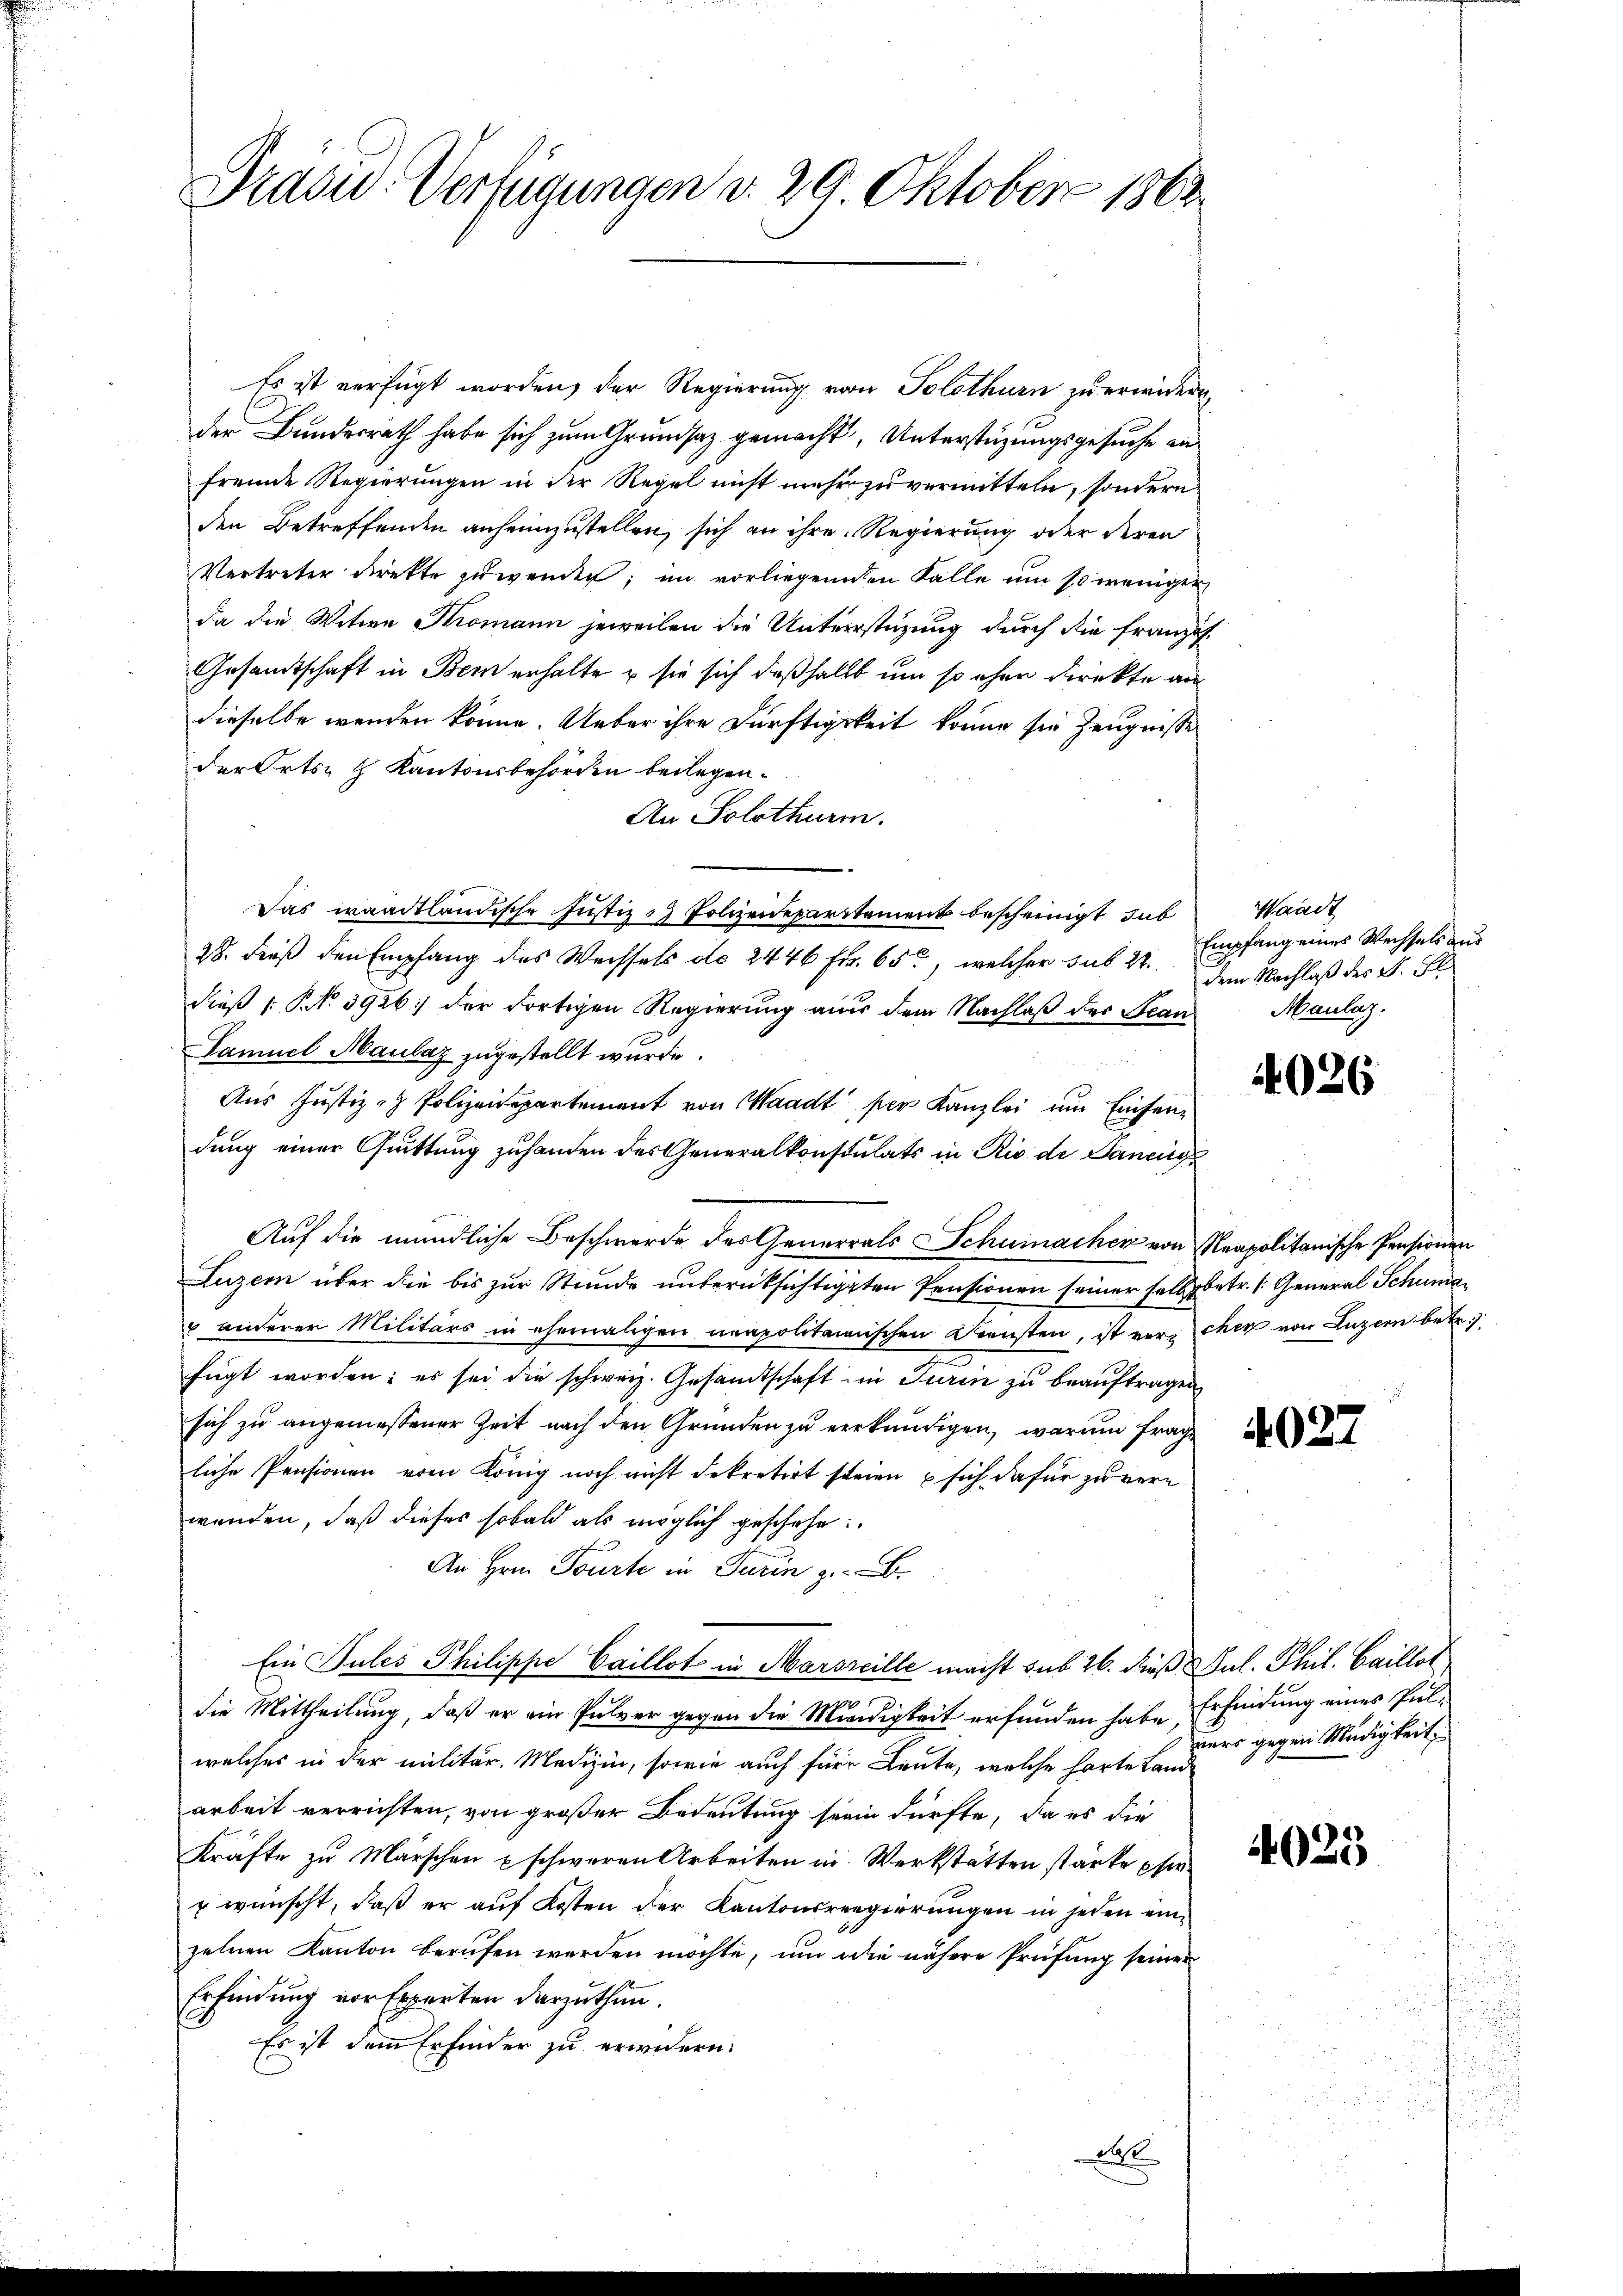
Präsid.: Verfügungen d. 29. Oktober 1862

Es ist verfügt worden, der Regierung von Solothurn zu erwidern,
der Bundesrath habe sich zum Grundsaz gemacht, Unterstüzungsgesuche an
fremde Regierungen in der Regel nicht mehr zu vermitteln, sondern
den Betreffenden anheimzustellen, sich an ihre Regierung oder deren
Vertreter direkte zuwenden; im vorliegenden Falle um so weniger
da die Witwe Komann jeweilen die Unterstüzung durch die Französ¬
Gesandtschaft in Bern erhalte & sie sich deßhalb um so eher direkte an
dieselbe werden könne. Ueber ihre Dürftigkeit könne sie Zeugnisse
der Orts- & Kantonsbehörden beilegen.
An Solothurm.
Das waadtländische Justiz - Polizeidepartement bescheinigt, dab
28. dieß den Empfang des Wechsels do 2446 Fr. 65, welcher sub 27. Empfang eines Wechsels aus
dieß (: No 3926) der Fortigen Regierung aus dem Nachlaß des Bean
Samuel Maulaz zugestellt wurde.
Aus Justiz- Polizeidepartement von Waadt per Kanzlei um Einsendung einer Quittung zuhanden des Generalkonstulats in Rio de Daneig
Auf die mündliche Beschwerde des Generals Schumacher von Neapolitanische Pensionen
Luzern über die bis zur Stunde unberüksichtigten Pensionen seiner selbst betr. (: General Schuma
 anderer Militärs in ehemaligen neapolitainischen Diensten, ist verschen von Luzern betr.)
fügt worden: es sei die schweiz. Gesandtschaft in Turin zŭ beaŭftragen
sich zu angemessener Zeit nach den Gründen zu verkündigen, warum frage
liche Pensionen vom König noch nicht dekretirt steien & sich dafür zu verwenden, daß dieses sobald als möglich geschehe
An Hrn. Tourte in Turin z. B.
Ein Tules Philippe Caillot in Marseille macht sub 26. dieß Jul. Phil. Caillot,
die Mittheilung, daß er ein Pulver gegen die Mieidigkeit erfunden habe, Erfindung eines Pulwelches in der militär. Medizin, sowie auch für Leute, welche hörte Land
arbeit verrichten, von großer Bedeutung sein dürfte, da es die
Kräfte zu Marschen u schweren Arbeiten in Werkstätten stärke pfer¬
u wünscht, daß er auf Kosten der Kantonsregierungen in jeden einzelnen Kanton berufen werden möchte, um die nähere Prüfung seiner
Erfindung vor Experten darzuthun.
Es ist dem Erfinder zu erwidern.
A

Waadt
dem Nachlaß des F. Fl
Maulaz:

4026

4027

ners gegen Müdigkeit,

4025